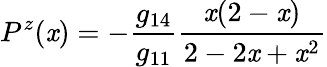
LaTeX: P^{z}(\mathit{x})=-\frac{{g_{14}}}{{g_{11}}}\frac{{\mathit{x}(2-\mathit{x})}}{{2-2\mathit{x}+\mathit{x}^{2}}}